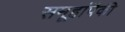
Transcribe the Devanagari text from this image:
समूहांपैकी